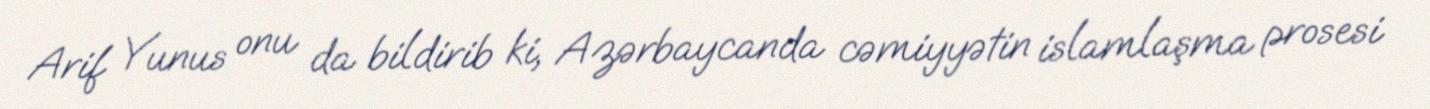
Arif Yunus onu da bildirib ki, Azərbaycanda cəmiyyətin islamlaşma prosesi